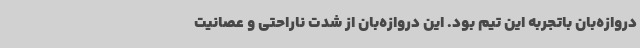
دروازه‌بان باتجربه این تیم بود. این دروازه‌بان از شدت ناراحتی و عصانیت